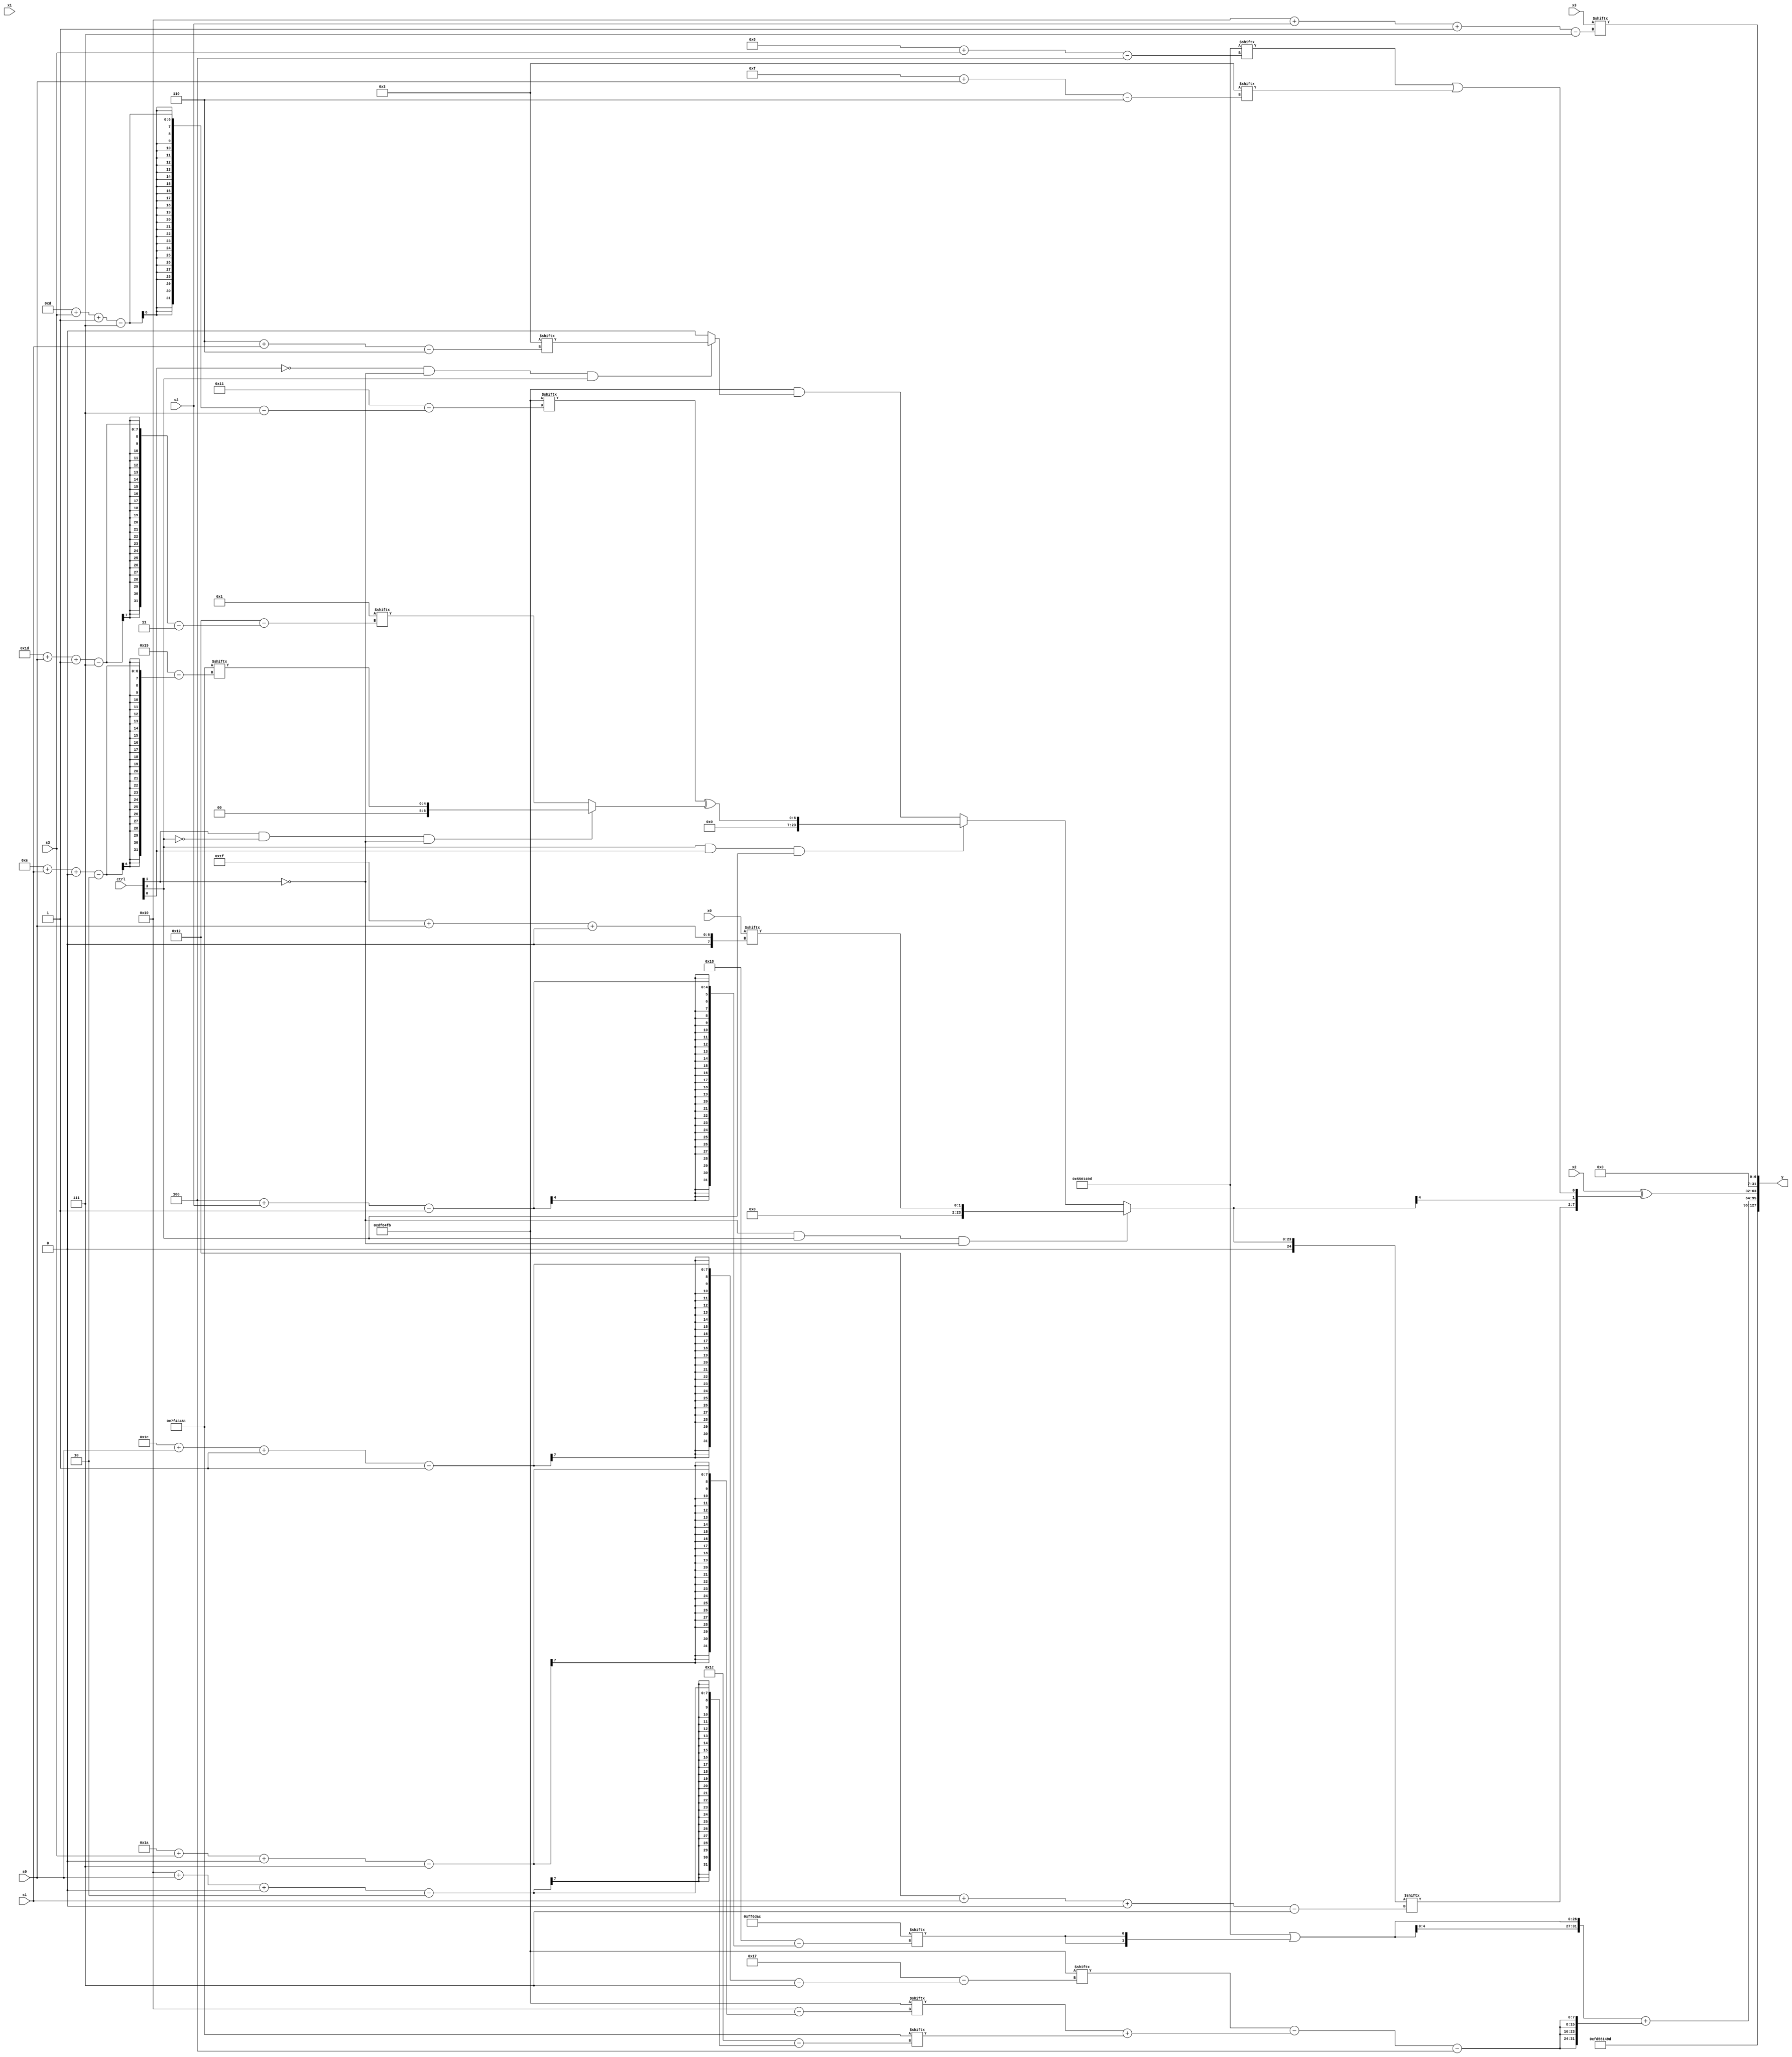
module partsel_00614(ctrl, s0, s1, s2, s3, x0, x1, x2, x3, y);
  input [3:0] ctrl;
  input [2:0] s0;
  input [2:0] s1;
  input [2:0] s2;
  input [2:0] s3;
  input [31:0] x0;
  input signed [31:0] x1;
  input [31:0] x2;
  input signed [31:0] x3;
  wire [25:3] x4;
  wire [4:26] x5;
  wire signed [3:27] x6;
  wire [30:6] x7;
  wire signed [3:29] x8;
  wire [29:2] x9;
  wire [27:4] x10;
  wire [30:6] x11;
  wire [26:2] x12;
  wire signed [2:25] x13;
  wire signed [3:31] x14;
  wire [31:7] x15;
  output [127:0] y;
  wire signed [31:0] y0;
  wire [31:0] y1;
  wire signed [31:0] y2;
  wire [31:0] y3;
  assign y = {y0,y1,y2,y3};
  localparam signed [30:4] p0 = 223745181;
  localparam signed [7:30] p1 = 736068859;
  localparam [2:31] p2 = 133444705;
  localparam signed [1:25] p3 = 50294188;
  assign x4 = {2{({2{x2[21 + s3 -: 8]}} - x0)}};
  assign x5 = p2[11 + s0 -: 3];
  assign x6 = p1[9 +: 2];
  assign x7 = x5[14 +: 3];
  assign x8 = p0[16 + s3 +: 2];
  assign x9 = {2{(x1[18 + s0 +: 6] | p1[16 -: 3])}};
  assign x10 = p2[19 + s3 -: 3];
  assign x11 = {2{p1[12]}};
  assign x12 = (x8[29 + s0 +: 2] & (!ctrl[2] || ctrl[0] && !ctrl[2] ? (ctrl[0] || ctrl[1] && ctrl[0] ? x4[10 + s1 -: 2] : ((p1[8 + s0] | p1[26 + s1 +: 3]) ^ p0)) : (x6 & x3)));
  assign x13 = p2[10 + s1];
  assign x14 = (p1[13 + s3 -: 7] ^ (ctrl[1] && !ctrl[3] && !ctrl[1] ? p2[14 + s1 +: 5] : x6[29 + s0 -: 7]));
  assign x15 = {p2[8 + s2 -: 8], (!ctrl[1] && ctrl[3] && !ctrl[1] ? x0[31 + s0 +: 2] : (ctrl[3] && ctrl[0] && ctrl[3] ? x14 : ({x9[20 -: 4], p1} & (!ctrl[0] && !ctrl[1] && ctrl[3] ? x11[6 + s1] : x7))))};
  assign y0 = p0;
  assign y1 = ({2{(p0 | {2{p3[4 + s2]}})}} + {2{{2{{2{((p1[30 + s0 -: 1] - (p1[26 + s3 +: 8] + p2[16 + s0 +: 2])) - (p1[17 -: 3] - x13[14 -: 3]))}}}}}});
  assign y2 = (x2 ^ {x15[18 + s1 +: 6], {x15[11], (p0[8 + s3] | x11[15 + s0])}});
  assign y3 = x3[16 + s2 -: 7];
endmodule